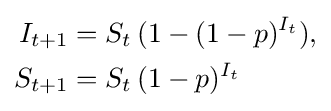
{\begin{aligned}I_{t+1}&=S_{t}\,(1-(1-p)^{I_{t}}),\\S_{t+1}&=S_{t}\,(1-p)^{I_{t}}\end{aligned}}